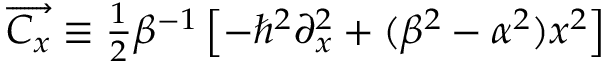
\overrightarrow { C _ { x } } \equiv \frac { { } _ { 1 } } { { } ^ { 2 } } \beta ^ { - 1 } \left[ - \hbar ^ { 2 } \partial _ { x } ^ { 2 } + ( \beta ^ { 2 } - \alpha ^ { 2 } ) x ^ { 2 } \right]